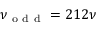
\nu _ { \mathrm { ~ o ~ d ~ d ~ } } = 2 1 2 \nu